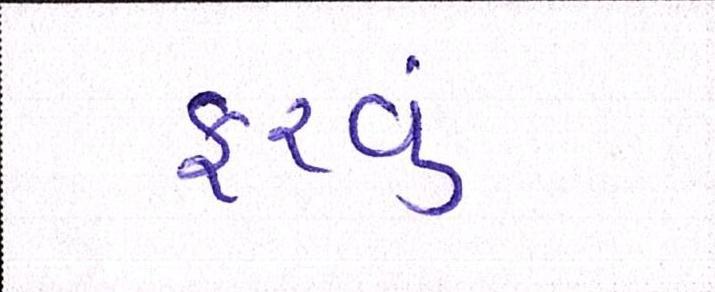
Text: ફરવુ